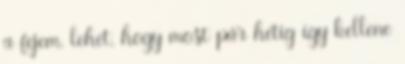
a fejem, lehet, hogy most pár hétig így kellene